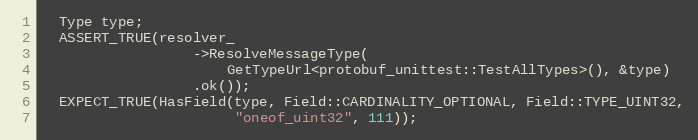
Language: C++
  Type type;
  ASSERT_TRUE(resolver_
                  ->ResolveMessageType(
                      GetTypeUrl<protobuf_unittest::TestAllTypes>(), &type)
                  .ok());
  EXPECT_TRUE(HasField(type, Field::CARDINALITY_OPTIONAL, Field::TYPE_UINT32,
                       "oneof_uint32", 111));